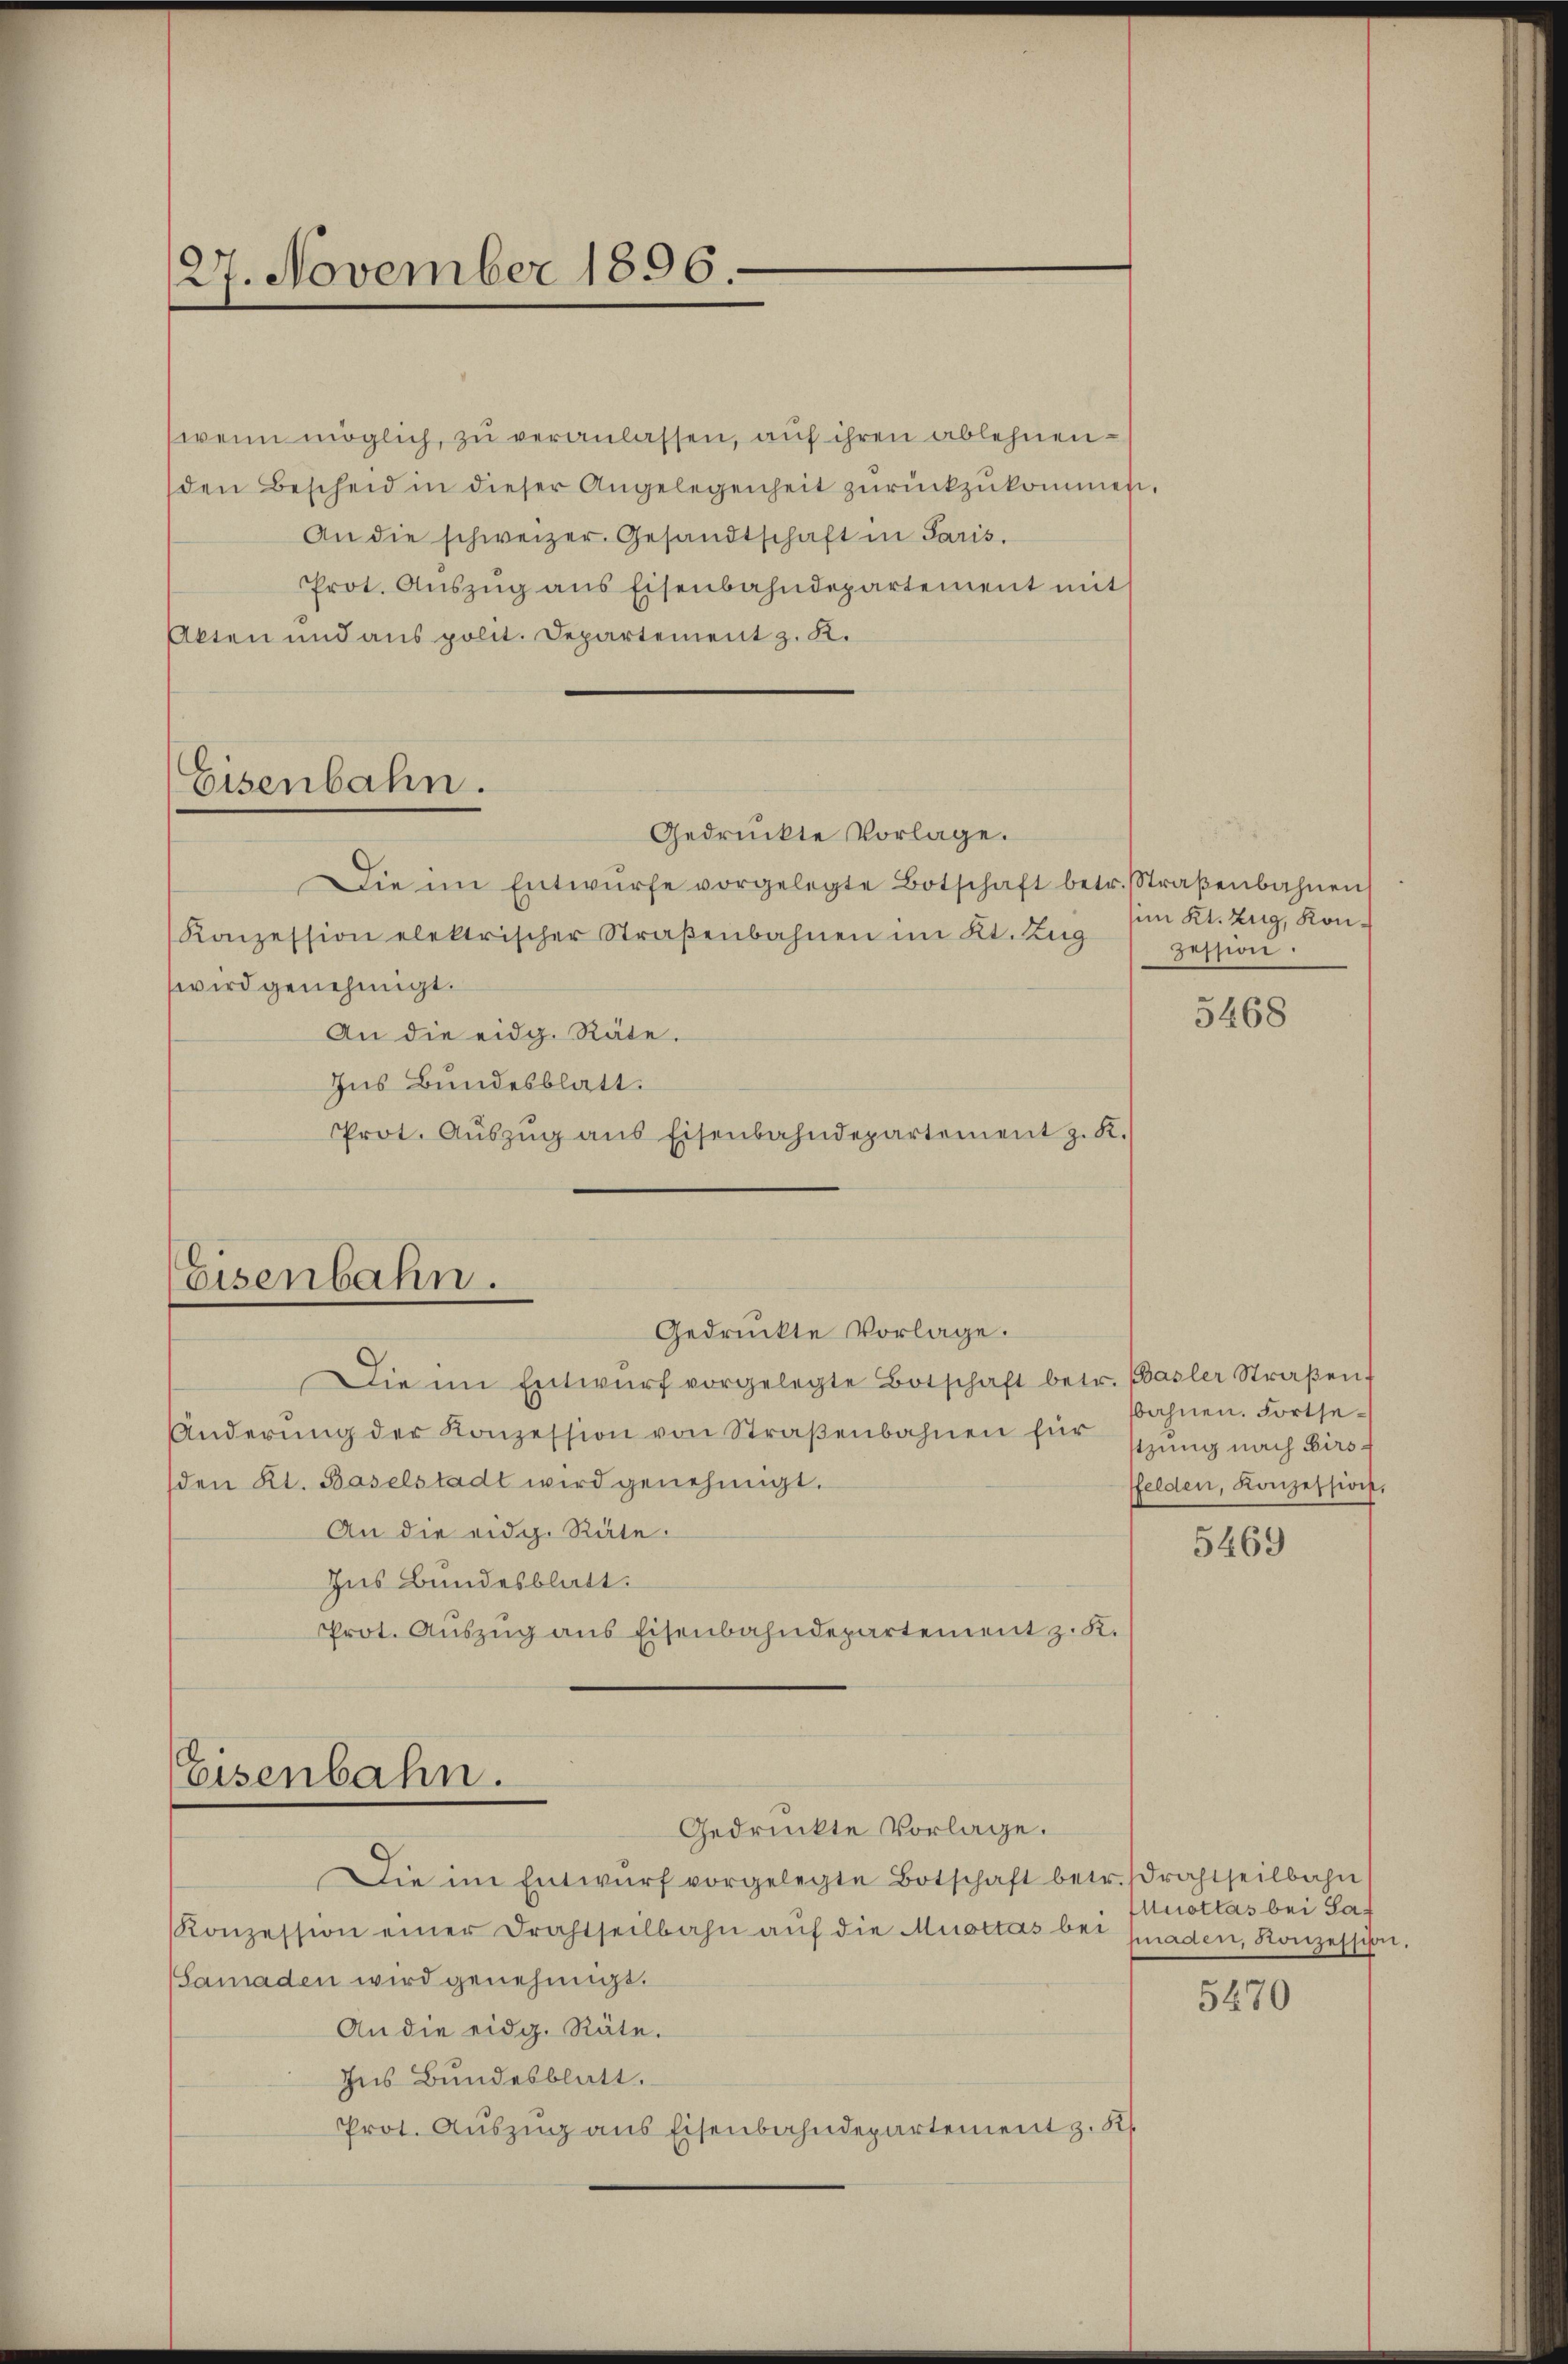
27. November 1806.

Eisenbahn.

wenn möglich, zu veranlassen, auf ihren ablehnenden Bescheid in dieser Angelegenheit zŭrückzŭkommet
An die schweizer. Gesandtschaft in Paris.
Prot. Aŭszŭg ans Eisenbahndepartement mit
Akten und aus polit. Departement z. K.
Gedrückte Vorlage.
Die im Entwürfe vorgelegte Botschaft betr. Straβenbahnen
Konzession elektrischer Straßenbahnen im Kt. Zug
wird genehmigt.
An die eidg. Räte.
Ius Bundesblatt.
Prot. Aŭszŭg aŭs Eisenbahndepartement z. K.

Eisenbahn.
Gedruckte Vorlage.

Die im Entwŭrf vorgelegte Botschaft betr. Basler Straβen
Änderŭng der Konzession von Straβenbahnen für
den Kt. Baselstadt wird genehmigt.
An die eidg. Räte:
Ins Bundesblatt.
Prot. Auszug aus Eisenbahndepartement z. K.

Eisenbahn.

(im Kt. Zug, Konzession.

Gedrückte Vorlage.
Die im Entwŭrf vorgelegte Botschaft betr. drachtheilbahn
Konzession einer Drahtseilbahn aŭf die Mottas bei faden, Konzession,
Samaden wird genehmigt.
An die eidg. Räte.
Ins Bundesblatt.
Prot. Aŭszŭg ans Eisenbahndepartement z. K.

5468

sbahnen. Fortsetzung nach Birsffelden, Konzession.

5469

uotlas bei Saf

5470